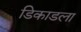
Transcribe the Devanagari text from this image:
डिकाडला